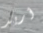
أريد